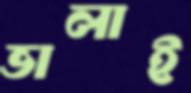
ভালাই